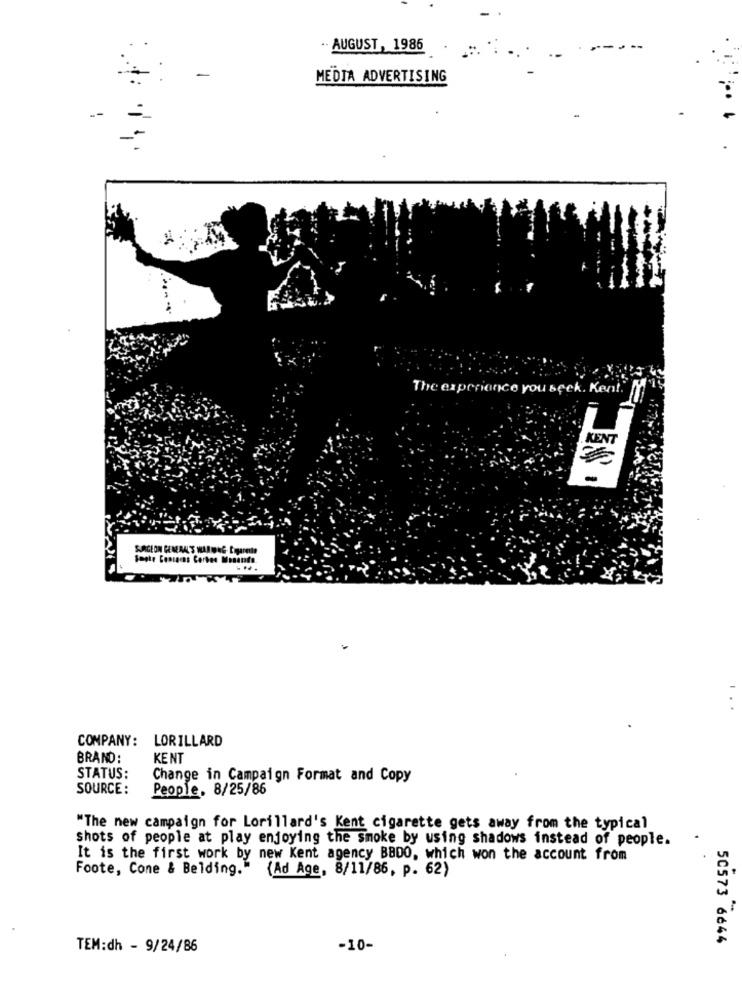
- AUGUST, 1986
-
MEDIA ADVERTISING
The experience you seek. Kent.
KENT
Sagte Consacns Certes Monauts.
COMPANY: LORILLARD
BRAND:
KENT
STATUS:
Change in Campaign Format and Copy
SOURCE:
People, 8/25/86
"The new campaign for Lorillard's Kent cigarette gets away from the typical
Shots of people at play enjoying the smoke by using shadows instead of people.
It is the first work by new Kent agency BBDO, which won the account from
Foote, Cone & Belding." (Ad Age, 8/11/86, p. 62)
50573 6644
TEM:dh - 9/24/86
-10-